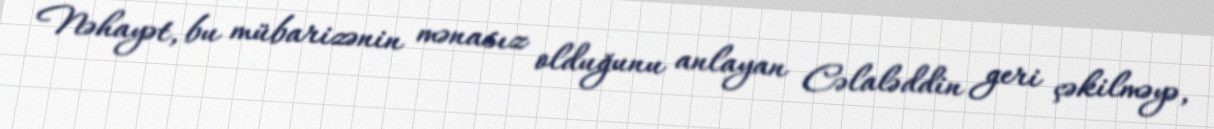
Nəhayət, bu mübarizənin mənasız olduğunu anlayan Cəlaləddin geri çəkilməyə,